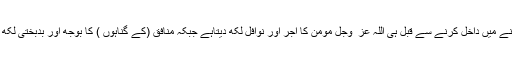
اس مہینے میں داخل کرنے سے قبل ہی اللہ عز ّ وجل مومن کا اجر اور نوافل لکھ دیتاہے جبکہ منافق (کے گناہوں ) کا بوجھ اور بدبختی لکھ لیتاہے۔